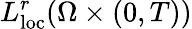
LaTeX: L_{\mathrm{loc}}^{r}(\Omega\times(0,T))